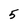
Character: 5